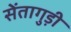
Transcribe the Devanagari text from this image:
सेंतागुड़ी